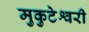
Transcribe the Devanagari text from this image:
मुकुटेश्वरी